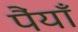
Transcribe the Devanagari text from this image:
पैंयाँ